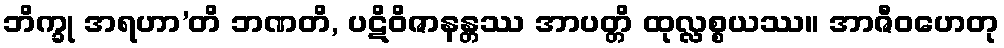
ဘိက္ခု အရဟာ’တိ ဘဏတိ, ပဋိဝိဇာနန္တဿ အာပတ္တိ ထုလ္လစ္စယဿ။ အာဇီဝဟေတု